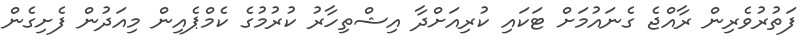
ފަތުރުވެރިން ރާއްޖެ ގެނައުމަށް ޓަކައި ކުރިއަށްދާ އިޝްތިހާރު ކުރުމުގެ ކެމްޕެއިން މިއަދުން ފެށިގެން